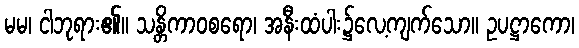
မမ၊ ငါဘုရား၏။ သန္တိကာဝစရော၊ အနီးထံပါး၌လေ့ကျက်သော။ ဥပဋ္ဌာကော၊